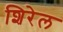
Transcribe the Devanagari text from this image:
शिरेल